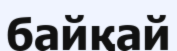
байқай